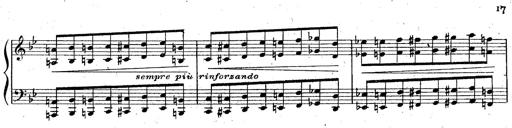
Title: La Marseillaise
Composer: Franz Liszt
Key: B-flat major